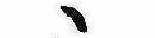
ゝ